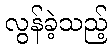
လွန်ခဲ့သည့်